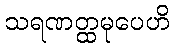
သရဏတ္ထမုပေဟိ